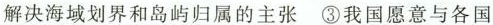
解决海域划界和岛屿归属的主张 ③我国愿意与各国